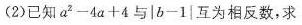
(2)已知 a ^ { 2 } - 4 a + 4 与|b-1|互为相反数，求